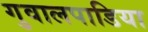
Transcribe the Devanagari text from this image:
गुवालपाडिया